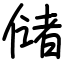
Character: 储